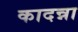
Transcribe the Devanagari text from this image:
कादन्ना